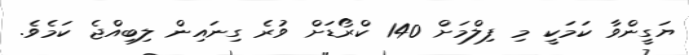
ޔަގީންވާ ކަމަކީ މި ފިލްމަށް 140 ކްރޯޑަށް ވުރެ ގިނައިން ލިބިއްޖެ ކަމެވެ.